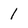
Character: 1